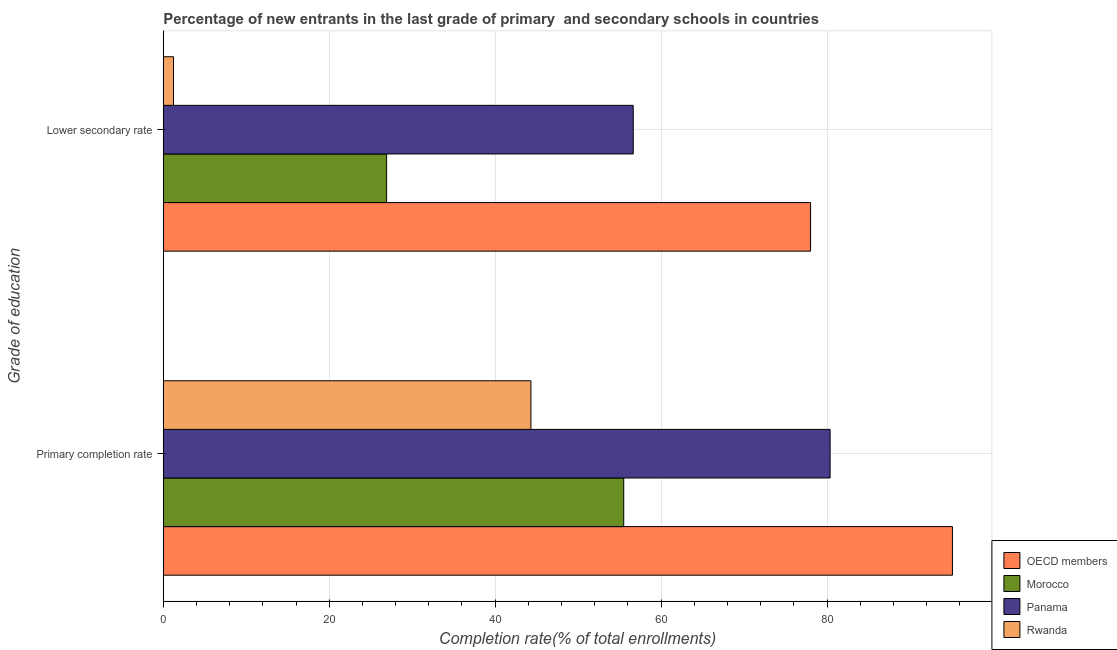
| Grade of education | OECD members | Morocco | Panama | Rwanda |
 | --- | --- | --- | --- | --- |
 | Primary completion rate | 95.1 | 55.5 | 80.4 | 44.3 |
 | Lower secondary rate | 78 | 26.9 | 56.6 | 1.23 |